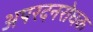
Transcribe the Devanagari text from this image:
अपरदनरोधक